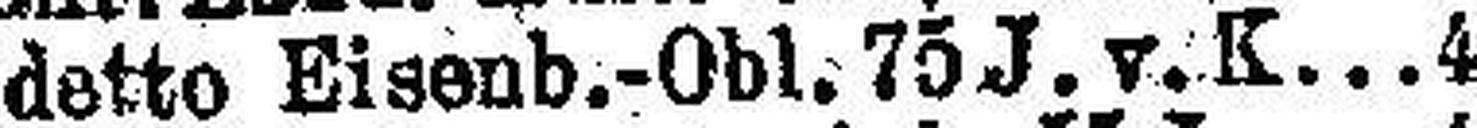
detto Eisenb.-Obl. 75J. v. K 4